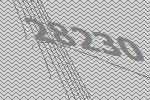
28230